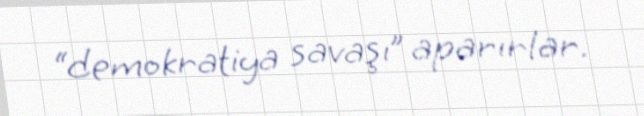
“demokratiya savaşı” aparırlar.